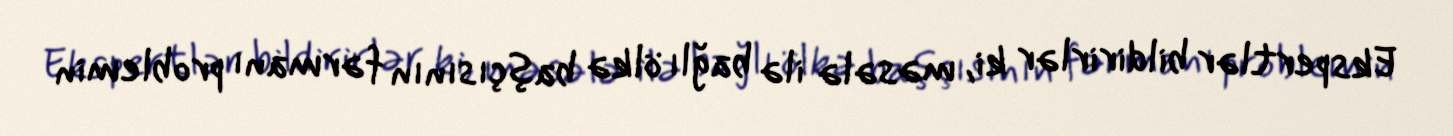
Ekspertlər bildirirlər ki, məsələ ilə bağlı ölkə başçısının fərmanı problemin